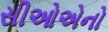
સીઓએનો